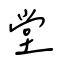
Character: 堂